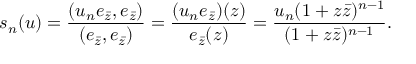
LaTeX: s _ { n } ( u ) = \frac { ( u _ { n } e _ { \bar { z } } , e _ { \bar { z } } ) } { ( e _ { \bar { z } } , e _ { \bar { z } } ) } = \frac { ( u _ { n } e _ { \bar { z } } ) ( z ) } { e _ { \bar { z } } ( z ) } = \frac { u _ { n } ( 1 + z \bar { z } ) ^ { n - 1 } } { ( 1 + z \bar { z } ) ^ { n - 1 } } .